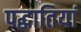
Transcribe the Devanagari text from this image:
पद्धातियां